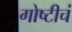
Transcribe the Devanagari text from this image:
गोष्टीचं